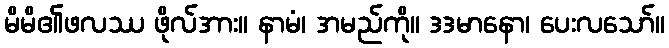
မိမိ၏ဖလဿ ဖိုလ်အား။ နာမံ၊ အမည်ကို။ ဒဒမာနော၊ ပေးလသော်။